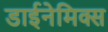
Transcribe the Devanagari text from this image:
डाईनेमिक्स